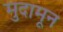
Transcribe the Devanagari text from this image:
मुदामून